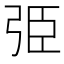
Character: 弫